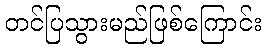
တင်ပြသွားမည်ဖြစ်ကြောင်း